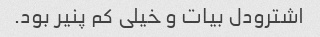
اشترودل بیات و خیلی کم پنیر بود.